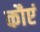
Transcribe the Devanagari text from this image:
कौएं